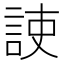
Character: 𧧅